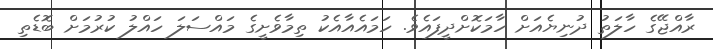
ރާއްޖޭގެ ހާލަތު ދުނިޔެއަށް ހާމަކޮށްދީފައެވެ. ހަމައެއާއެކު ތިމާވެށީގެ މައްސަލަ ހައްލު ކުރުމަށް ބޮޑެތި